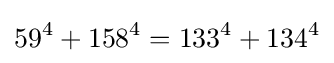
59^{4}+158^{4}=133^{4}+134^{4}